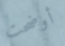
أوضحت